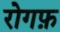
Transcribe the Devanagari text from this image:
रोगफ़